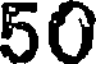
50